system: You are a helpful assistant.
user:
Analyze the provided spectrum to determine if it is a **Carbon Star (C-type)**.

- **Key Visual Indicators of Carbon Star:**
    - **(Primary):** Strong molecular absorption from **C₂ (diatomic carbon) "Swan Bands."** This is the **defining feature** of a carbon star.
        - **(Key Bandheads):** Sharp absorption edges are visible at approximately $5635$ Å, $5165$ Å (the strongest band), and $4737$ Å.
        - **(Line Profile):** Creates a distinct **"saw-tooth"** pattern. The key morphology is a sharp, steep bandhead on the **red (long-wavelength) side**, which then gradually tapers off (i.e., flux recovers) towards the **blue (short-wavelength) side**. *(This is the direct opposite of the TiO bands seen in M-type stars)*.

    - **(Secondary):** Intense **CN (cyanogen)** molecular absorption bands.
        - **(Key Bandheads):** Located in the blue and violet regions of the spectrum (e.g., near $4215$ Å and $3883$ Å).
        - **(Morphology):** These bands are extremely broad and act as a "blanket," absorbing the vast majority of blue and violet light. This creates a characteristic **"cliff"** or **"steep drop-off"** in the spectrum's flux at short wavelengths.

    - **(Key Confirmation):** Strong **CH absorption band (G-band)**.
        - **(Key Bandhead):** Located around $4300$ Å. The contribution from CH molecules to this band is exceptionally strong.

    - **(Overall Spectrum):**
        - The continuum is severely "chopped up" by these deep molecular bands, especially C₂, rather than appearing as a smooth curve.
        - Due to the heavy CN and C₂ absorption in the blue-green, the vast majority of the star's flux is concentrated in the red part of the spectrum, giving the star its characteristic deep red color.

Think first, call **spectral_visualization_tool** if needed to examine features in detail, then provide your final answer. Your response must adhere to the following strict rules:
1.  **Overall Structure:** Your response must follow the format `<think>...</think> <tool_call>...</tool_call> (if a tool is used) <answer>...</answer>`.
2.  **Tool Usage Constraint:** You may only make **one** tool call per turn.
3.  **Final Answer Format:** In the `<answer>` tag, your conclusion must be inside a `\boxed{}` command (e.g., `\boxed{YES}`), followed by your justification.

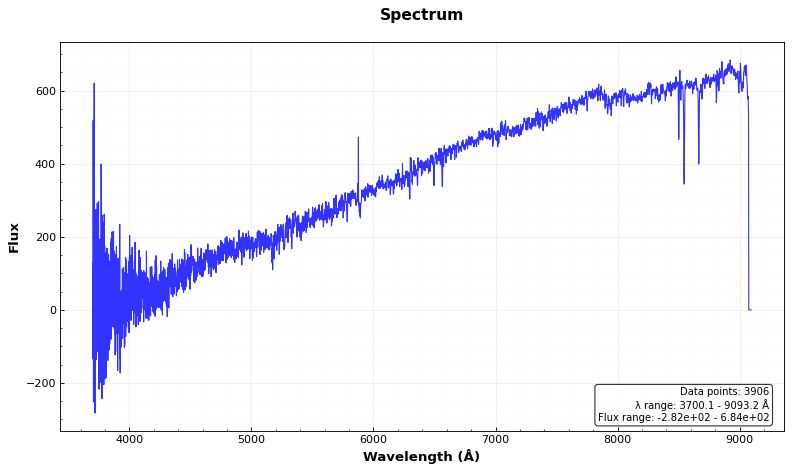
Answer: NO